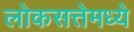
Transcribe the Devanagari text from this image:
लोकसत्तेमध्ये